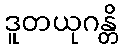
ဒူတယုဂန္တိ